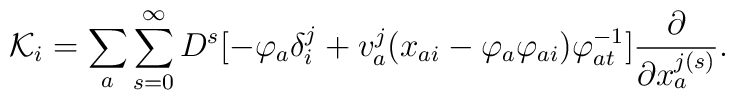
{\cal K}_{i}=\sum _{a}\sum _{s=0}^{\infty}D^{s}[-\varphi _{a}\delta ^{j}_{i}+v^{j}_{a}(x_{ai}-\varphi _{a}\varphi _{ai})\varphi ^{-1}_{at}]\frac {\partial }{\partial x_{a}^{j(s)}} .